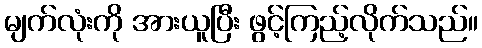
မျက်လုံးကို အားယူပြီး ဖွင့်ကြည့်လိုက်သည်။